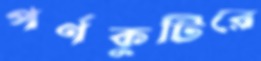
পর্ণকুটিরে